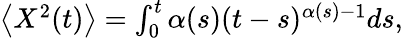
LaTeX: \begin{array}{r}{\left<X^{2}(t)\right>=\int_{0}^{t}\alpha(s)(t-s)^{\alpha(s)-1}ds,}\end{array}